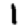
Digit: 1